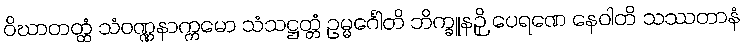
ဝိဃာတတ္ထံ သံဝဏ္ဏနာက္ကမော သံသဋ္ဌတ္တံ ဥမ္မင်္ဂေါတိ ဘိက္ခူနဉှိ ပေရဏေ နေဝါတိ သဿတာနံ